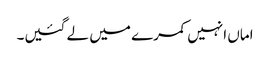
اماں انہیں کمرے میں لے گئیں۔